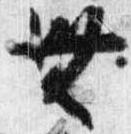
無